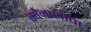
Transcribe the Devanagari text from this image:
सोनालीचा